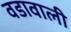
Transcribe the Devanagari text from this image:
वडावाली